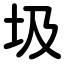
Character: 圾